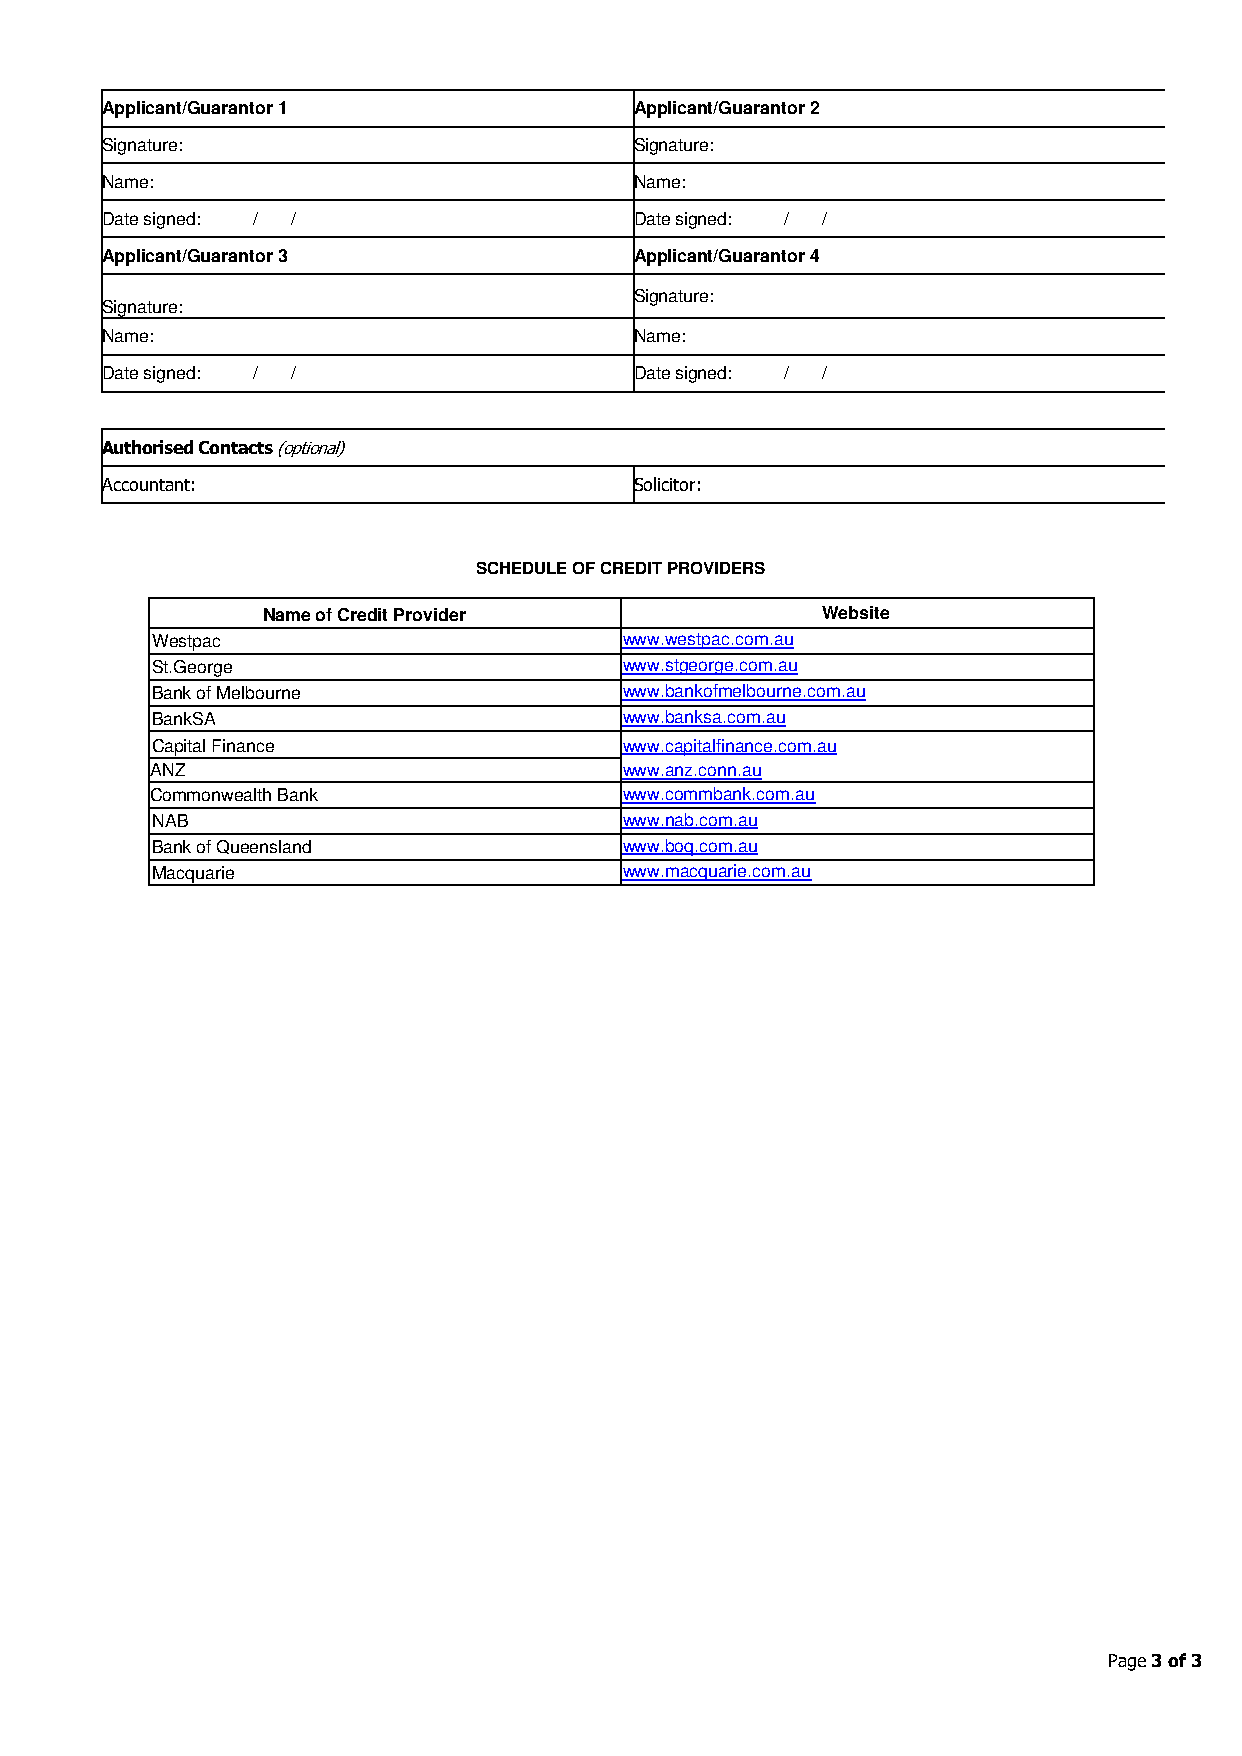
Applicant/Guarantor 1              Applicant/Guarantor 2
 Signature:                         Signature:
 Name:                              Name:
 Date signed: / /                   Date signed: / /
 Applicant/Guarantor 3              Applicant/Guarantor 4
 Signature:
 Signature:
 Name:                              Name:
 Date signed: / /                   Date signed: / /
 Authorised Contacts (optional)
 Accountant:                        Solicitor:
 SCHEDULE OF CREDIT PROVIDERS
 Name of Credit Provider              Website
 Westpac                        www.westpac.com.au
 St.George                      www.stgeorge.com.au
 Bank of Melbourne              www.bankofmelbourne.com.au
 BankSA                         www.banksa.com.au
 Capital Finance                www.capitalfinance.com.au
 ANZ                            www.anz.conn.au
 Commonwealth Bank              www.commbank.com.au
 NAB                            www.nab.com.au
 Bank of Queensland             www.boq.com.au
 Macquarie                      www.macquarie.com.au
 Page 3 of 3